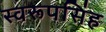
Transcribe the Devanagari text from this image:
स्वरूपसिंह